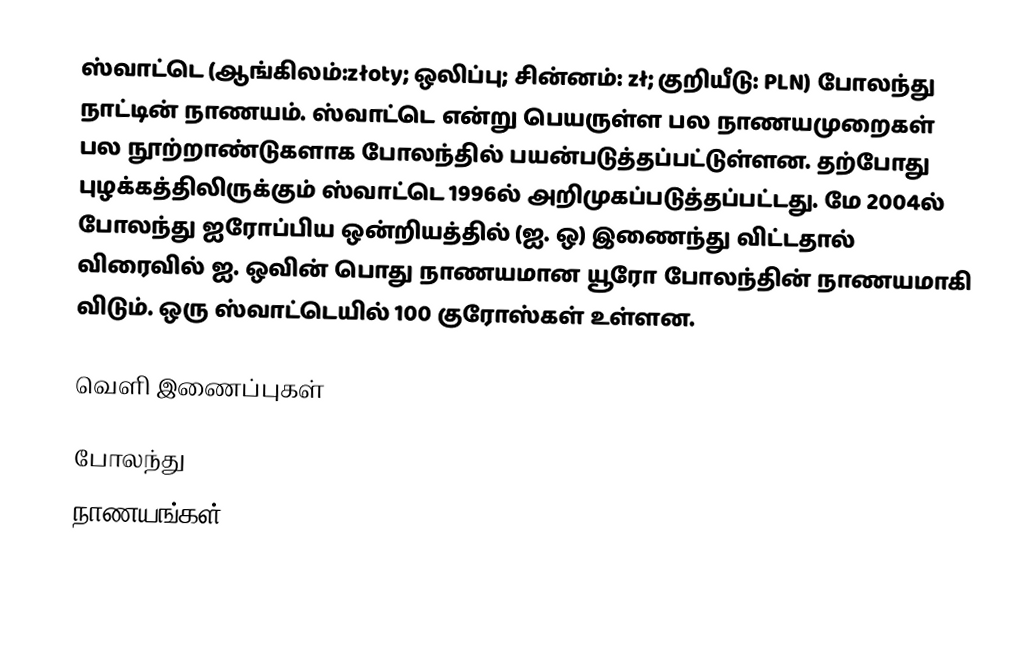
ஸ்வாட்டெ (ஆங்கிலம்:złoty; ஒலிப்பு; சின்னம்: zł; குறியீடு: PLN) போலந்து நாட்டின் நாணயம். ஸ்வாட்டெ என்று பெயருள்ள பல நாணயமுறைகள் பல நூற்றாண்டுகளாக போலந்தில் பயன்படுத்தப்பட்டுள்ளன. தற்போது புழக்கத்திலிருக்கும் ஸ்வாட்டெ 1996ல் அறிமுகப்படுத்தப்பட்டது. மே 2004ல் போலந்து ஐரோப்பிய ஒன்றியத்தில் (ஐ. ஒ) இணைந்து விட்டதால் விரைவில் ஐ. ஒவின் பொது நாணயமான யூரோ போலந்தின் நாணயமாகி விடும். ஒரு ஸ்வாட்டெயில் 100 குரோஸ்கள் உள்ளன.

வெளி இணைப்புகள்

போலந்து
நாணயங்கள்